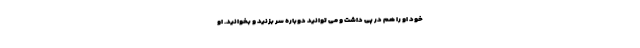
خود او را هم در پی داشت و می توانید دوباره سر بزنید و بخوانید. او